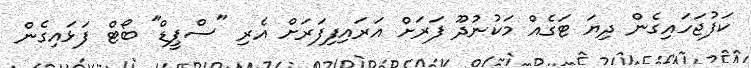
ކަފުޖަހައިގެން ދިޔަ ޓަގެއް މަކުނުދޫ ފަރަށް އަރައިފިފަރަށް އެރި "ސްޕީޑް" ބޯޓް ފަޅައިގެން